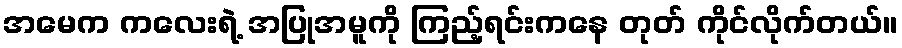
အမေက ကလေးရဲ့ အပြုအမူကို ကြည့်ရင်းကနေ တုတ် ကိုင်လိုက်တယ်။